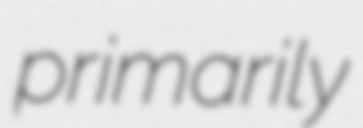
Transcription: primarily